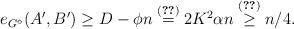
LaTeX: \begin{align*}e_{G^{\diamond}}(A',B') \ge D - \phi n \stackrel{(\ref{alpha})}{=} 2 K^2 \alpha n \stackrel{(\ref{alphahier})}{\ge } n/4.\end{align*}